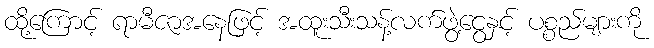
ထို့ကြောင့် ရာမီဇာအနေဖြင့် အထူးသီးသန့်လက်ဖွဲ့ငွေနှင့် ပစ္စည်များကို